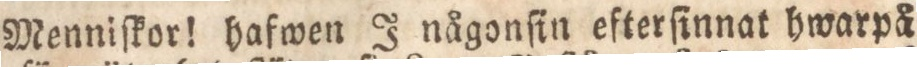
Menniſkor! hafwen J någonſin efterſinnat hwarpå